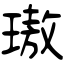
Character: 璈